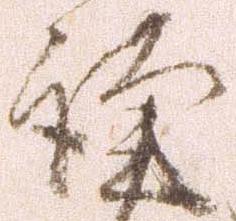
謹